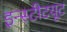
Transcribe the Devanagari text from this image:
इन्‍स्‍टीटयूट